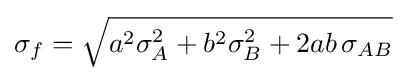
\sigma _{f}={\sqrt {a^{2}\sigma _{A}^{2}+b^{2}\sigma _{B}^{2}+2ab\,\sigma _{AB}}}